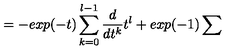
= - e x p ( - t ) \sum _ { k = 0 } ^ { l - 1 } \frac { d } { d t ^ { k } } t ^ { l } + e x p ( - 1 ) \sum